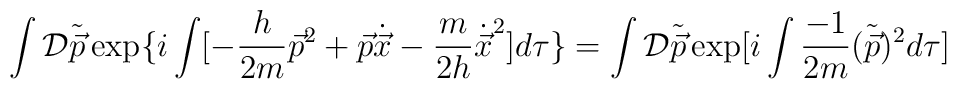
\int {\cal D}\tilde{\vec{p}}\exp\{  i\int [- \frac{h}{2m}{\vec{p}}^{2} + \vec{p}\dot{\vec{x}} - \frac{m}{2h}{\dot{\vec{x}}}^{2}] d\tau\}= \int {\cal D}\tilde{\vec{p}}\exp [ i\int \frac{-1}{2m}(\tilde{\vec{p}})^{2} d\tau]